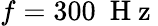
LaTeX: f=300~\mathrm{~H~z~}